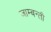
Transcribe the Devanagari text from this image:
जाम्बन्ती